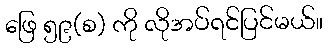
ဖြေ ၅၉(စ) ကို လိုအပ်ရင်ပြင်မယ်။